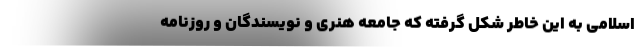
اسلامی به این خاطر شکل گرفته که جامعه هنری و نویسندگان و روزنامه